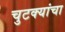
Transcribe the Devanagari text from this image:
चुटक्यांचा